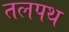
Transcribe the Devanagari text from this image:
तलपथ